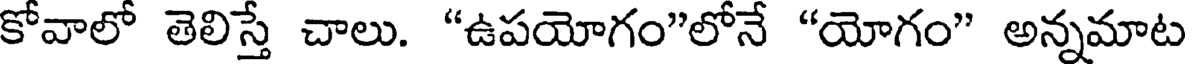
కోవాలో తెలిస్తే చాలు. "ఉపయోగం"లోనే "యోగం" అన్నమాట